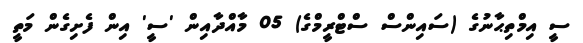
ސީ އިމްތިޙާނުގެ (ސައިންސް ސްޓްރީމްގެ) 05 މާއްދާއިން 'ސީ' އިން ފެށިގެން މަތީ